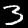
Digit: 3